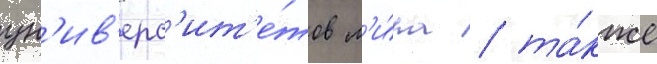
ун'ив'ерс'ит'е́тов м'и́ра / та́кже